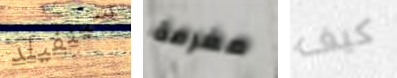
سينفيلد مغرمة كيف